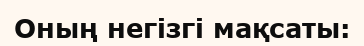
Оның негізгі мақсаты: